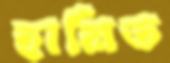
হামিত